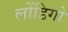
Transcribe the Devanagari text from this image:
लोंडिगो